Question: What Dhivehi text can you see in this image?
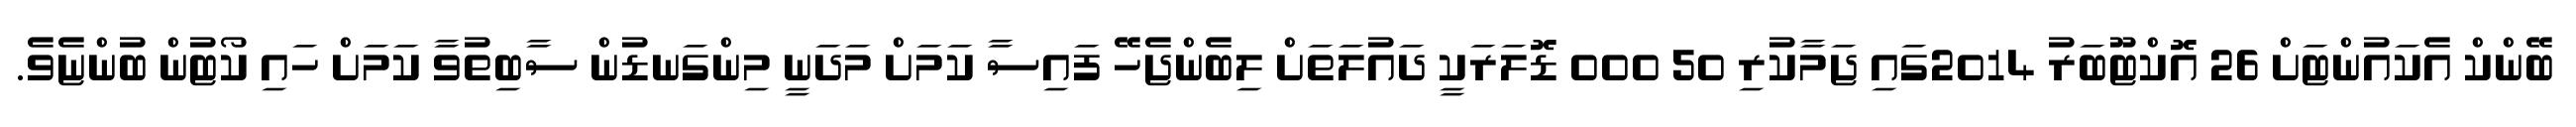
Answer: ބޭންކް އެކައުންޓަށް 26 އޮކްޓޫބަރު 2014ގައި ޖަމާކުރި 50 000 ޑޮލަރަކީ ދައުލަތަށް ލިބެންޖެހޭ ފައިސާ ކަމަށް މަދަނީ މިންގަނޑުން ސާބިތުވާ ކަމަށް ހައި ކޯޓުން ބުންޏެވެ.